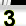
Digit: 3